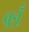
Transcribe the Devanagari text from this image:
चुनूँ